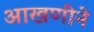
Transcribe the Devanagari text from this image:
आखणीने